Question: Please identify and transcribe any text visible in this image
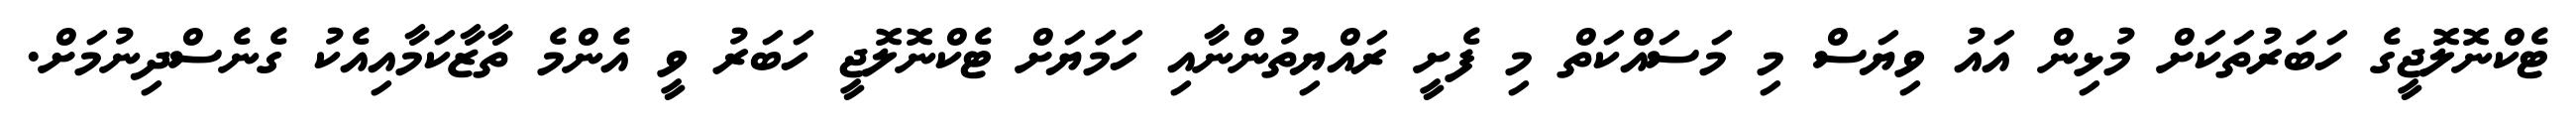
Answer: ޓެކްނޮލޮޖީގެ ހަބަރުތަކަށް މުޅިން އައު ވިޔަސް މި މަސައްކަތް މި ފެށީ ރައްޔިތުންނާއި ހަމަަޔަށް ޓެކްނޮލޮޖީ ހަބަރު ވީ އެންމެ ތާޒާކަމާއިއެކު ގެނެސްދިނުމަށް.